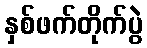
နှစ်ဖက်တိုက်ပွဲ